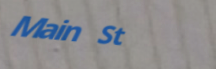
Main St